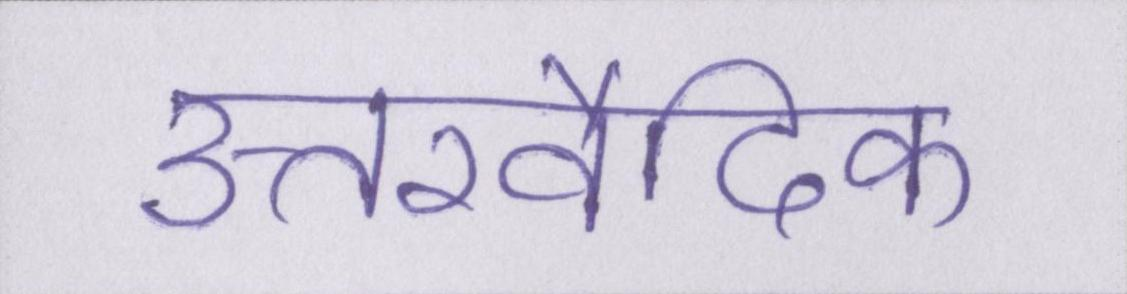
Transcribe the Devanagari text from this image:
उत्तरवैदिक